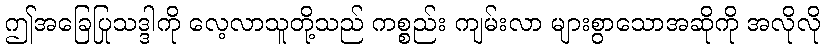
ဤအခြေပြုသဒ္ဒါကို လေ့လာသူတို့သည် ကစ္စည်း ကျမ်းလာ များစွာသောအဆိုကို အလိုလို